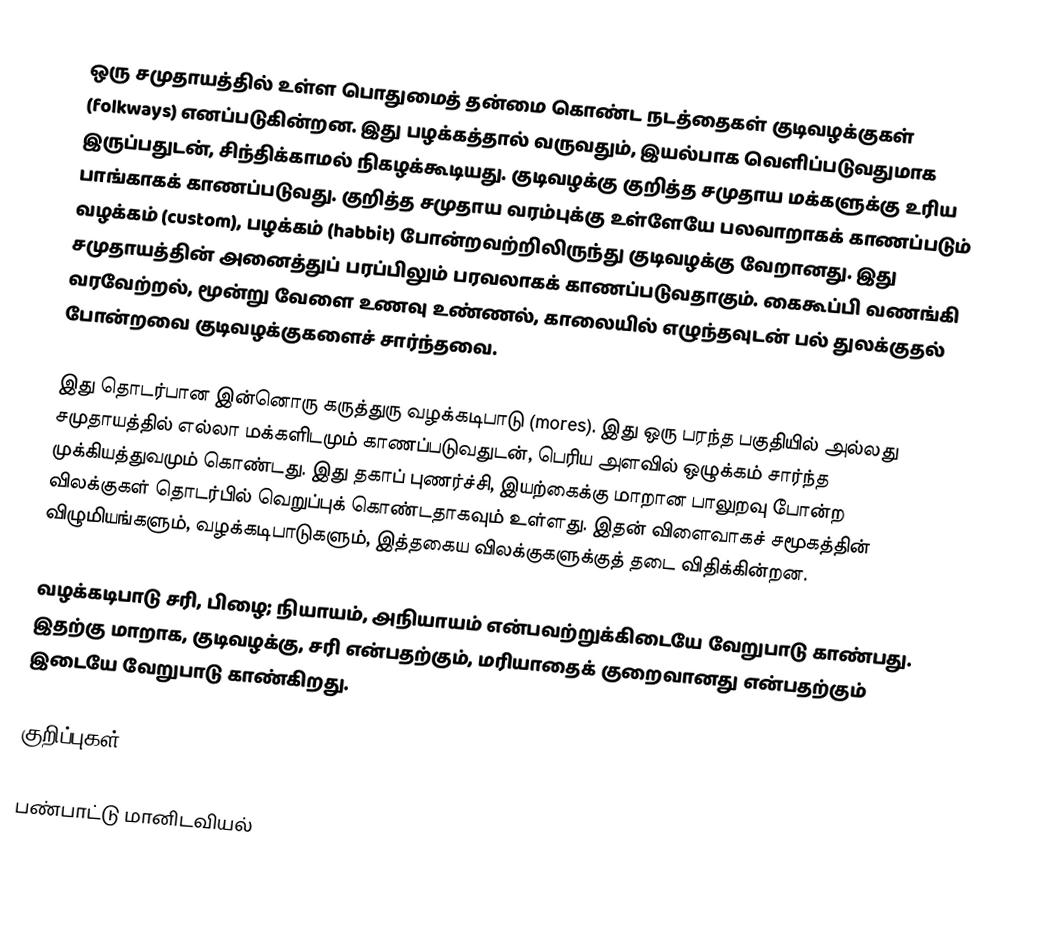
ஒரு சமுதாயத்தில் உள்ள பொதுமைத் தன்மை கொண்ட நடத்தைகள்  குடிவழக்குகள் (folkways) எனப்படுகின்றன. இது பழக்கத்தால் வருவதும், இயல்பாக வெளிப்படுவதுமாக இருப்பதுடன், சிந்திக்காமல் நிகழக்கூடியது. குடிவழக்கு குறித்த சமுதாய மக்களுக்கு உரிய பாங்காகக் காணப்படுவது. குறித்த சமுதாய வரம்புக்கு உள்ளேயே பலவாறாகக் காணப்படும் வழக்கம் (custom), பழக்கம் (habbit) போன்றவற்றிலிருந்து குடிவழக்கு வேறானது. இது சமுதாயத்தின் அனைத்துப் பரப்பிலும் பரவலாகக் காணப்படுவதாகும். கைகூப்பி வணங்கி வரவேற்றல், மூன்று வேளை உணவு உண்ணல், காலையில் எழுந்தவுடன் பல் துலக்குதல் போன்றவை குடிவழக்குகளைச் சார்ந்தவை.

இது தொடர்பான இன்னொரு கருத்துரு வழக்கடிபாடு (mores). இது ஒரு பரந்த பகுதியில் அல்லது சமுதாயத்தில் எல்லா மக்களிடமும் காணப்படுவதுடன், பெரிய அளவில் ஒழுக்கம் சார்ந்த முக்கியத்துவமும் கொண்டது. இது தகாப் புணர்ச்சி, இயற்கைக்கு மாறான பாலுறவு போன்ற விலக்குகள் தொடர்பில் வெறுப்புக் கொண்டதாகவும் உள்ளது. இதன் விளைவாகச் சமூகத்தின் விழுமியங்களும், வழக்கடிபாடுகளும், இத்தகைய விலக்குகளுக்குத் தடை விதிக்கின்றன.

வழக்கடிபாடு சரி, பிழை; நியாயம், அநியாயம் என்பவற்றுக்கிடையே வேறுபாடு காண்பது. இதற்கு மாறாக, குடிவழக்கு, சரி என்பதற்கும், மரியாதைக் குறைவானது என்பதற்கும் இடையே வேறுபாடு காண்கிறது.

குறிப்புகள்

பண்பாட்டு மானிடவியல்